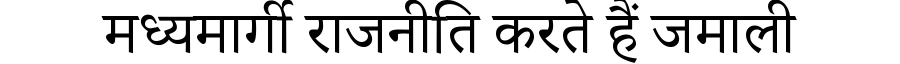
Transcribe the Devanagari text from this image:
मध्यमार्गी राजनीति करते हैं जमाली